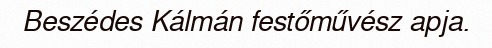
Beszédes Kálmán festőművész apja.